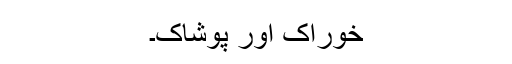
خوراک اور پوشاک۔